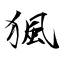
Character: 猦